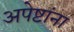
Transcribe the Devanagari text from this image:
अपेष्टांना